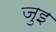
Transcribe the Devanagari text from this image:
जुइ